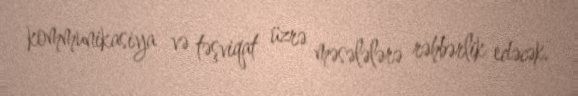
kommunikasiya və təşviqat üzrə məsələlərə rəhbərlik edəcək.